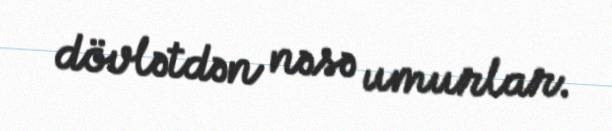
dövlətdən nəsə umurlar.